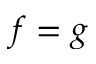
f = g